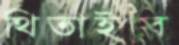
থিতাইবে